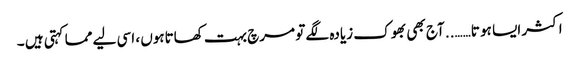
اکثر ایسا ہو تا…….. آج بھی بھوک زیادہ لگے تو مرچ بہت کھاتاہوں ، اسی لیے مما کہتی ہیں ۔